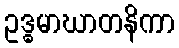
ဥဒ္ဓမာဃာတနိကာ